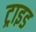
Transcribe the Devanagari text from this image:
ट्राइड